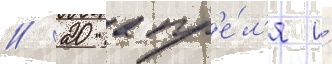
// 20 апр'е́л'я и́